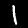
Label: 1